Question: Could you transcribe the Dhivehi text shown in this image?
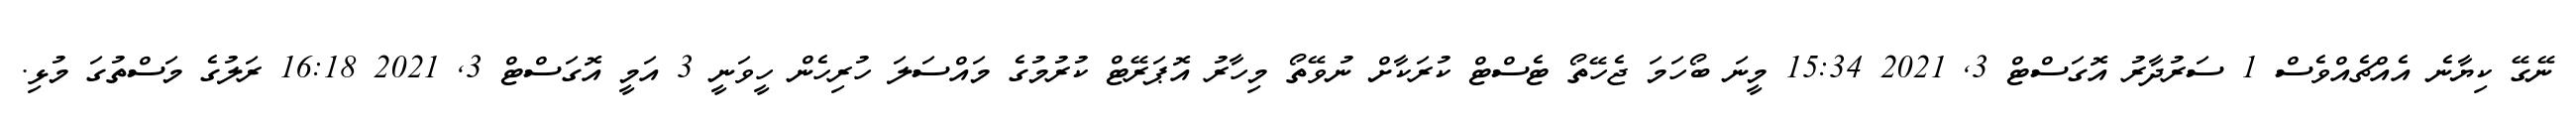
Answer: ނޭގޭ ކިޔާނެ އެއްޗެއްވެސް 1 ސަރުދާރު އޮގަސްޓް 3, 2021 15:34 މީނަ ބޯހަމަ ޖެހޭތޯ ޓެސްޓް ކުރަކާށް ނުވޭތޯ މިހާރު އޮޕަރޭޓް ކުރުމުގެ މައްސަލަ ހުރިހެން ހީވަނީ 3 އަމީ އޮގަސްޓް 3, 2021 16:18 ރަލުގެ މަސްތުގަ މުޅި.